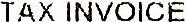
TAX INVOICE